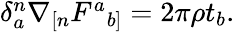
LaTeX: \begin{array}{r}{\delta_{a}^{n}\nabla_{[n}F^{a}{}_{b]}=2\pi\rho t_{b}.}\end{array}